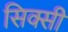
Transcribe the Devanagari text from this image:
सिक्सी